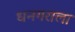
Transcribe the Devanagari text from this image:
धनगराला